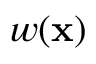
w ( \mathbf { x } )